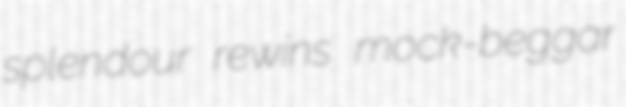
splendour rewins mock-beggar